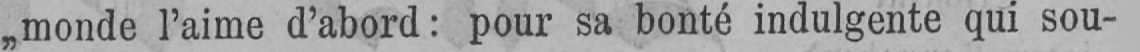
„monde l’aime d’abord: pour sa bonté indulgente qui sou-